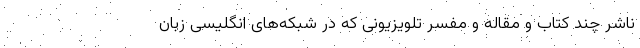
ناشر چند کتاب و مقاله و مفسر تلویزیونی که در شبکه‌های انگلیسی زبان